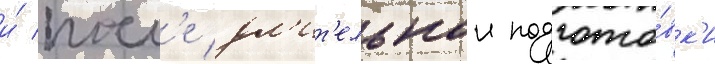
и́ посл'е дл'ит'ельнои подгото́вк'и